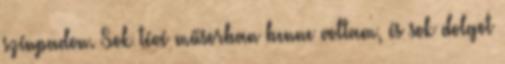
színpadon. Sok tévé műsorban benne voltam, és sok dolgot